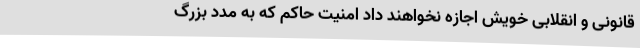
قانونی و انقلابی خویش اجازه نخواهند داد امنیت حاکم که به مدد بزرگ